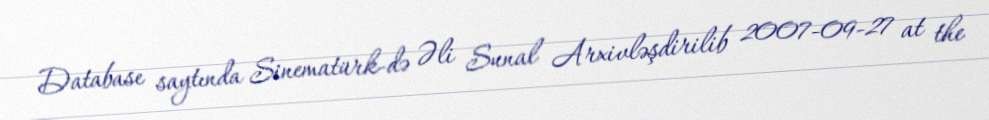
Database saytında Sinematürk-də Əli Sunal Arxivləşdirilib 2007-09-27 at the